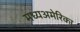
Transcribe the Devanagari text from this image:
मध्यअमेरिका